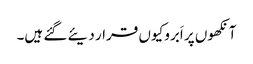
آنکھوں پر اَبرو کیوں قرار دیئے گئے ہیں۔